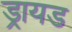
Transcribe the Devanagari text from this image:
ड्रायड